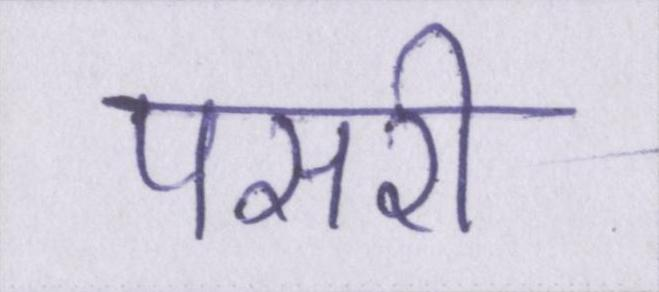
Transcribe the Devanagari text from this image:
पसरी